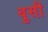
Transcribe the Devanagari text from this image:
वुसी